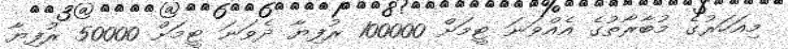
މިއަަހަރުގެ މުބާރާތުގެ އެއްވަނަ ޓީމަށް 100000 ރުފިޔާ ދެވަނަ ޓީމަށް 50000 ރުފިޔާ